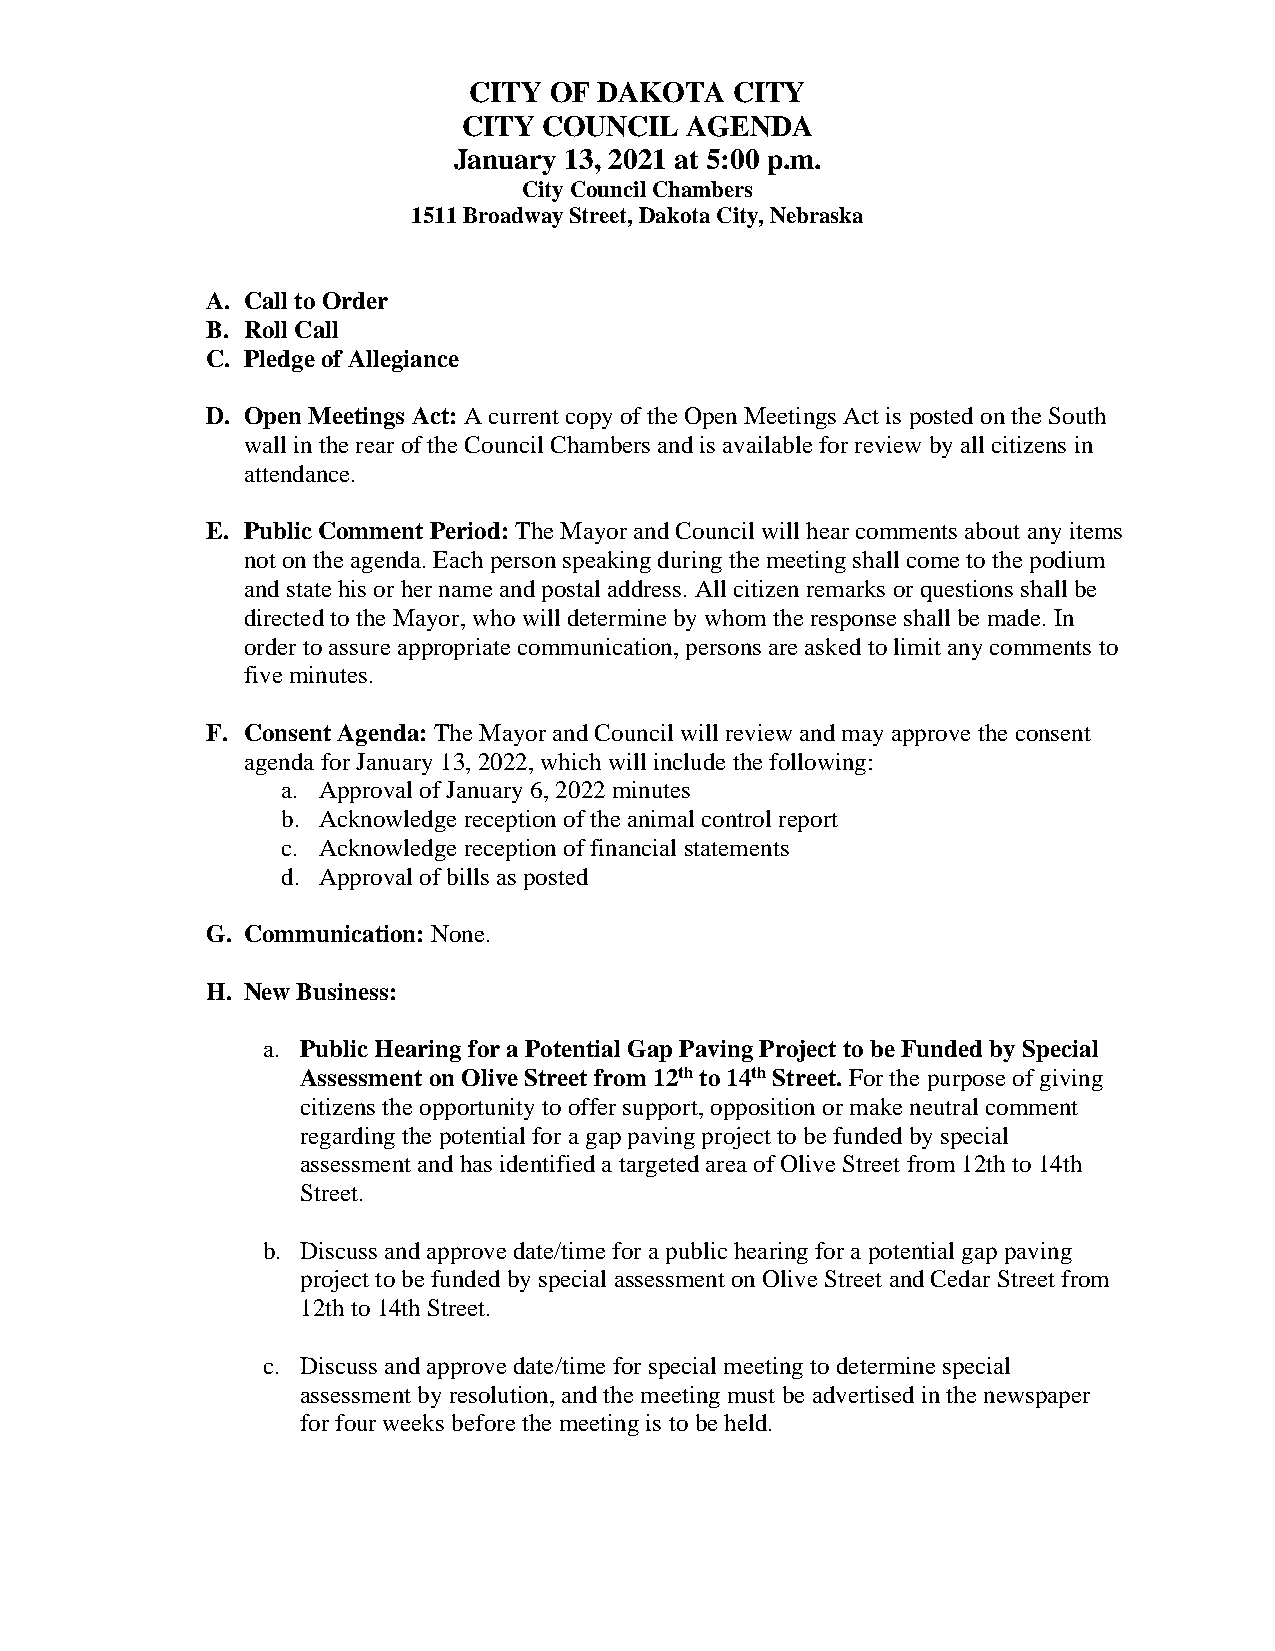
CITY OF  DAKOTA   CITY
 CITY COUNCIL  AGENDA
 January 13, 2021 at 5:00 p.m.
 City Council Chambers
 1511 Broadway Street, Dakota City, Nebraska
 A. Call to Order
 B. Roll Call
 C. Pledge of Allegiance
 D. Open Meetings Act: A current copy of the Open Meetings Act is posted on the South
 wall in the rear of the Council Chambers and is available for review by all citizens in
 attendance.
 E. Public Comment Period: The Mayor and Council will hear comments about any items
 not on the agenda. Each person speaking during the meeting shall come to the podium
 and state his or her name and postal address. All citizen remarks or questions shall be
 directed to the Mayor, who will determine by whom the response shall be made. In
 order to assure appropriate communication, persons are asked to limit any comments to
 five minutes.
 F. Consent Agenda: The Mayor and Council will review and may approve the consent
 agenda for January 13, 2022, which will include the following:
 a. Approval of January 6, 2022 minutes
 b. Acknowledge reception of the animal control report
 c. Acknowledge reception of financial statements
 d. Approval of bills as posted
 G. Communication: None.
 H. New Business:
 a. Public Hearing for a Potential Gap Paving Project to be Funded by Special
 Assessment on Olive Street from 12th to 14th Street. For the purpose of giving
 citizens the opportunity to offer support, opposition or make neutral comment
 regarding the potential for a gap paving project to be funded by special
 assessment and has identified a targeted area of Olive Street from 12th to 14th
 Street.
 b. Discuss and approve date/time for a public hearing for a potential gap paving
 project to be funded by special assessment on Olive Street and Cedar Street from
 12th to 14th Street.
 c. Discuss and approve date/time for special meeting to determine special
 assessment by resolution, and the meeting must be advertised in the newspaper
 for four weeks before the meeting is to be held.